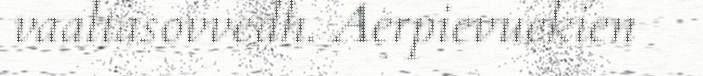
vaaltasovvedh. Aerpievuekien